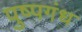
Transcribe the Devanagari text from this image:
पुष्पगंध